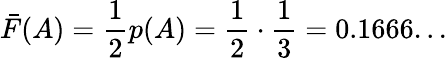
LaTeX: {\bar{F}}(A)={\frac{1}{2}}p(A)={\frac{1}{2}}\cdot{\frac{1}{3}}=0.1666...